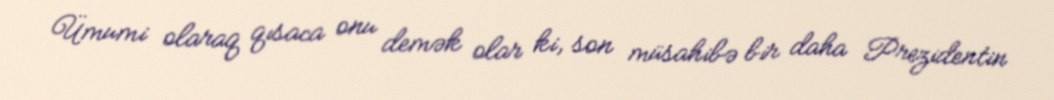
Ümumi olaraq qısaca onu demək olar ki, son müsahibə bir daha Prezidentin